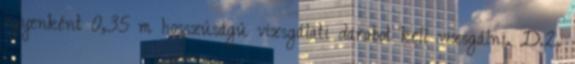
egyenként 0,35 m hosszúságú vizsgálati darabot kell vizsgálni. D.2.